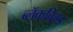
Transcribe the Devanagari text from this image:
ब्लॅकविंग्ड